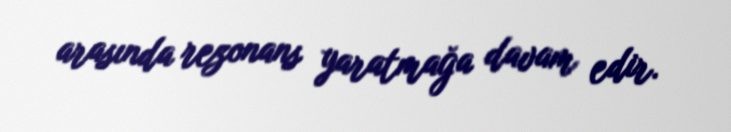
arasında rezonans yaratmağa davam edir.